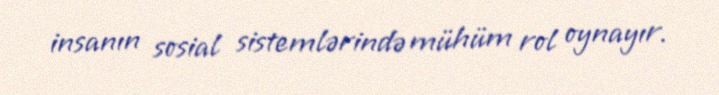
insanın sosial sistemlərində mühüm rol oynayır.